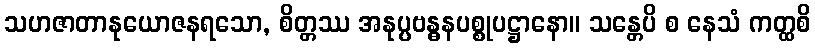
သဟဇာတာနုယောဇနရသော, စိတ္တဿ အနုပ္ပဗန္ဓနပစ္စုပဋ္ဌာနော။ သန္တေပိ စ နေသံ ကတ္ထစိ